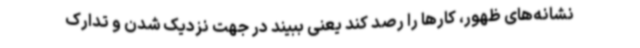
نشانه‌های ظهور، کارها را رصد کند یعنی ببیند در جهت نزدیک شدن و تدارک